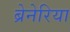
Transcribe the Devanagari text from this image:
ब्रेनेरिया